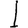
Digit: 1